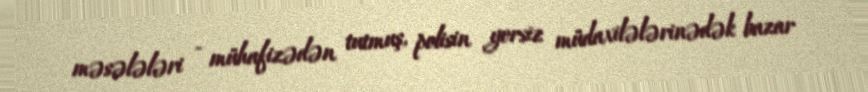
məsələləri - mühafizədən tutmuş, polisin yersiz müdaxilələrinədək bazar